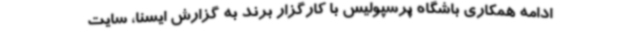
ادامه همکاری باشگاه پرسپولیس با کارگزار برند به گزارش ایسنا، سایت